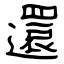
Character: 還